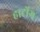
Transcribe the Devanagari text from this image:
हार्टोग